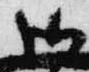
御